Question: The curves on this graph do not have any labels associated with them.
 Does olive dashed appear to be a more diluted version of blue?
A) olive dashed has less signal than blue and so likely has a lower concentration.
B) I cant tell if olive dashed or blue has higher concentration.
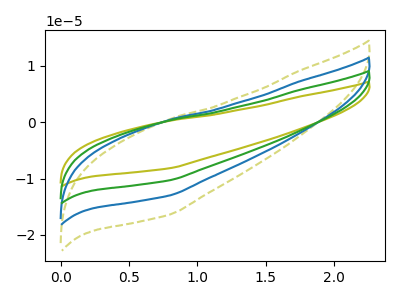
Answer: <think>The olive curve "olive" has no peaks. The olive dashed curve "olive dashed" has no peaks. The blue curve "blue" has no peaks. The green curve "green" has no peaks.
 Neither "olive dashed" or "blue" have any peaks.</think>
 <answer>B) I cant tell if "olive dashed" or "blue" has higher concentration.</answer>
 <eval>B</eval>